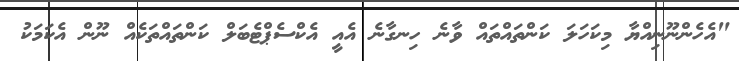
"އެހެންނޫނިއްޔާ މިކަހަލަ ކަންތައްތައް ވާނެ ހިނގާނެ އެއީ އެކްސެޕްޓެބަލް ކަންތައްތަކެއް ނޫން އެކަމަކު